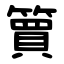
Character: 簤